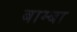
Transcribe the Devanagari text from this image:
बाम्बा